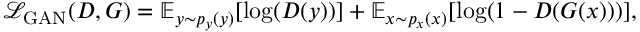
\mathcal { L } _ { \mathrm { G A N } } ( D , G ) = \mathbb { E } _ { y \sim p _ { y } ( y ) } [ \log ( D ( y ) ) ] + \mathbb { E } _ { x \sim p _ { x } ( x ) } [ \log ( 1 - D ( G ( x ) ) ) ] ,